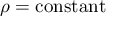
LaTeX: \rho = { \mathrm { c o n s t a n t } }